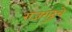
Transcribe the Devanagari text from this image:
राजगुरूंचे